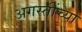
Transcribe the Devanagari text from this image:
अगस्तींच्या